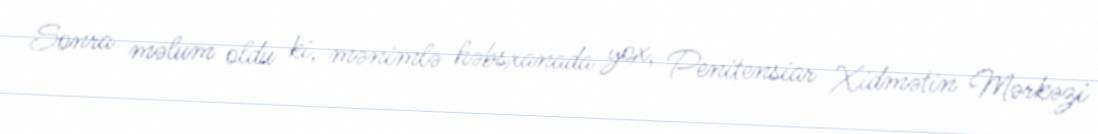
Sonra məlum oldu ki, mənimlə həbsxanada yox, Penitensiar Xidmətin Mərkəzi